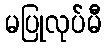
မပြုလုပ်မီ